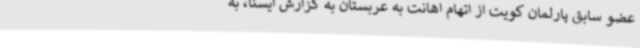
عضو سابق پارلمان کویت از اتهام اهانت به عربستان به گزارش ایسنا، به